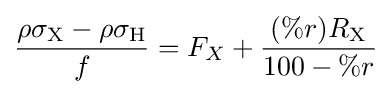
{\frac {\rho \sigma _{{\ce {X}}}-\rho \sigma _{{\ce {H}}}}{f}}=F_{X}+{\frac {(\%r)R_{{\ce {X}}}}{100-\%r}}